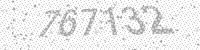
Solution: 767132